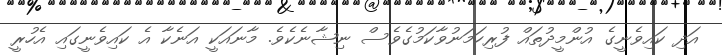
އަދި ކައިވެނީގެ އުންމީދުތައް ފުރިހަމަނުވާކަމުގެވެސް ނިޝާނެކެވެ. މާނައަކީ އަނެކާ އެ ކައިވެނީގައި އެހުރީ